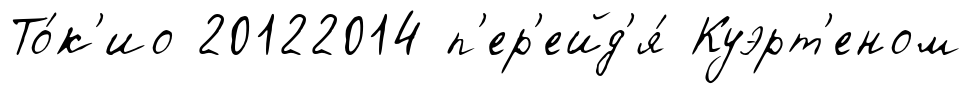
То́к'ио 20122014 п'ер'ейд'я́ Куэрт'еном